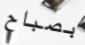
بصباح